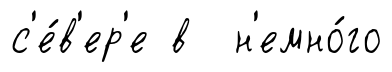
с'е́в'ер'е в н'емно́го